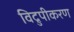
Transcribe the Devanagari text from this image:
विद्रुपीकरण